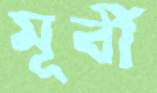
মূর্বী